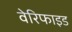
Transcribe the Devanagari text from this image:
वेरिफाइड